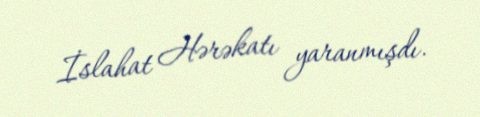
İslahat Hərəkatı yaranmışdı.